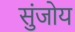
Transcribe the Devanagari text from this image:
सुंजोय